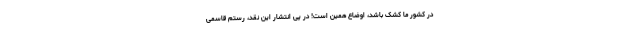
در کشور ما کشک باشد، اوضاع همین است! در پی انتشار این نقد، رستم قاسمی